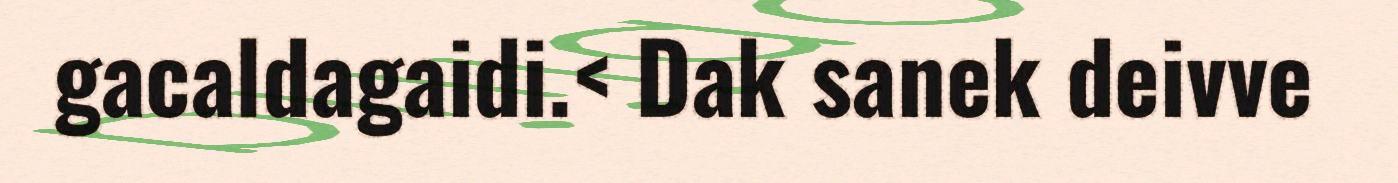
gacaldagaidi.< Dak sanek deivve